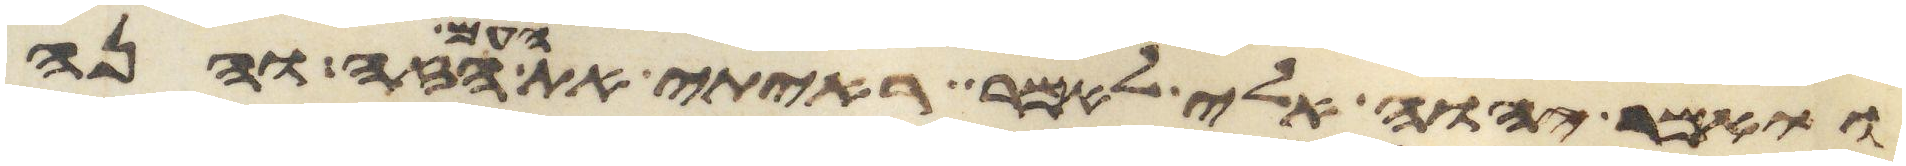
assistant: ויאמר יהוה אלי לאמר ראיתי את העם הזה והנה